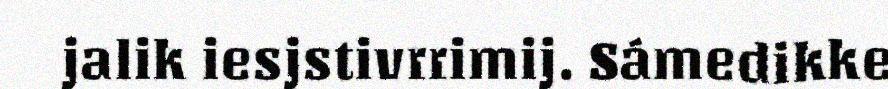
jalik iesjstivrrimij. Sámedikke